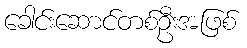
ခေါင်းဆောင်တစ်ဦးအဖြစ်